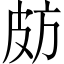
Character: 𣃤